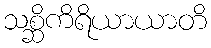
သစ္ဆိကိရိယာယာတိ